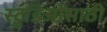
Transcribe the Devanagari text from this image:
स्टुडिओंसाठी